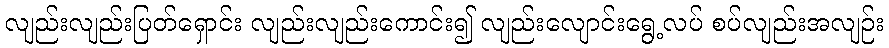
လျည်းလျည်းပြတ်ရှောင်း လျည်းလျည်းကောင်း၍ လျည်းလျောင်းရွေ့လပ် စပ်လျည်းအလျဉ်း